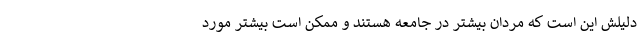
دلیلش این است که مردان بیشتر در جامعه هستند و ممکن است بیشتر مورد